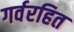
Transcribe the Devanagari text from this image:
गर्वरहित